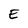
Character: E